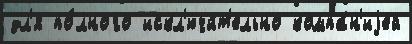
дл'я по́лного искл'ючи́т'ельно компа́н'иjей